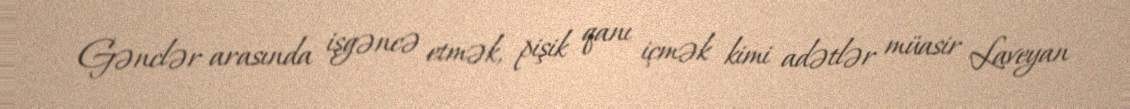
Gənclər arasında işgəncə etmək, pişik qanı içmək kimi adətlər müasir Laveyan